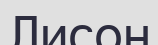
Лисон